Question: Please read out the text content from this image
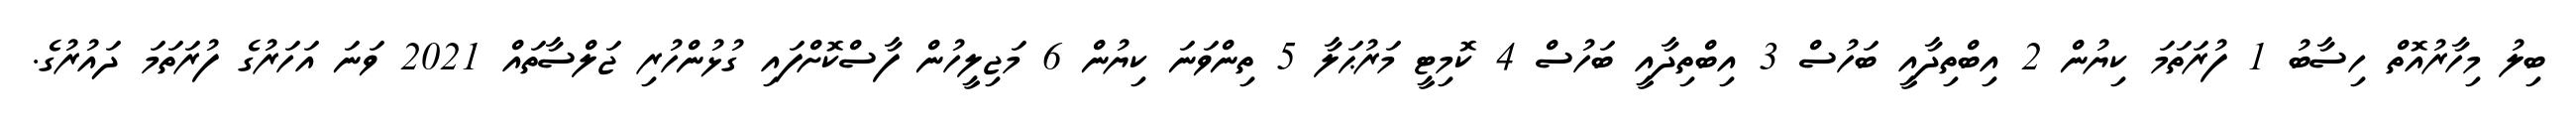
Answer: ބިލު މިހާރުއޮތް ހިސާބު 1 ފުރަތަމަ ކިޔުން 2 އިބްތިދާއީ ބަހުސް 3 އިބްތިދާއީ ބަހުސް 4 ކޮމިޓީ މަރުޙަލާ 5 ތިންވަނަ ކިޔުން 6 މަޖިލީހުން ފާސްކޮށްފައި ގުޅުންހުރި ޖަލްސާތައް 2021 ވަނަ އަހަރުގެ ފުރަތަމަ ދައުރުގެ.